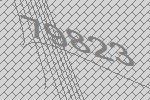
79823